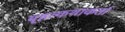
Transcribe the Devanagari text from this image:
बृहत्कथाकर्ता